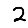
Digit: 2